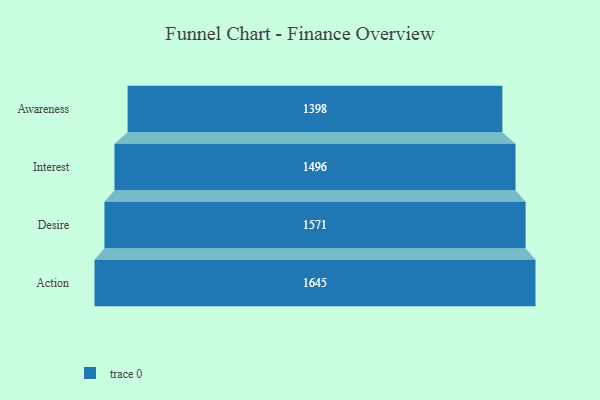
{"axis": {"x": "Stage", "y": "Value"}, "legend": [""], "data": [{"x": "Awareness", "y": 1398.0, "type": ""}, {"x": "Interest", "y": 1496.0, "type": ""}, {"x": "Desire", "y": 1571.0, "type": ""}, {"x": "Action", "y": 1645.0, "type": ""}]}